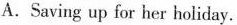
A.Saving up for her holiday.